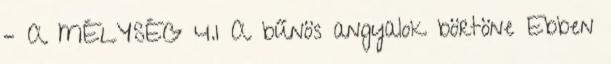
– A MÉLYSÉG 4.1 A bűnös angyalok börtöne Ebben